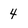
Character: 4